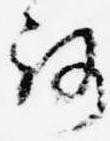
路